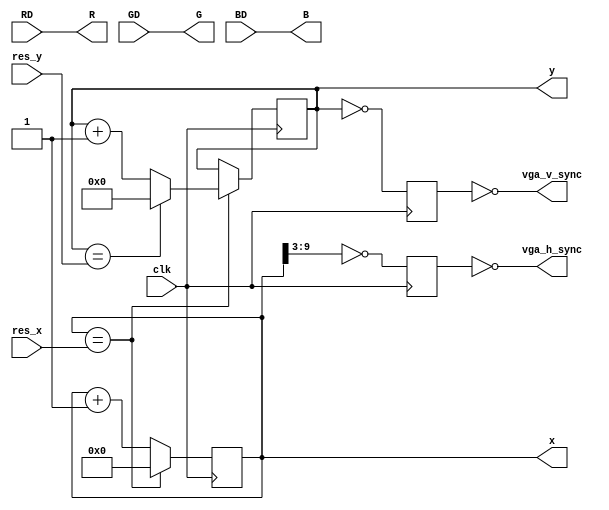
module VGA_ADAPTER(input clk, output vga_h_sync, output vga_v_sync, 

input RD,
input GD,
input BD,

input [9:0] res_x,
input [8:0] res_y,

output [9:0] x,
output [8:0] y,

output R,
output G,
output B);

reg [9:0] CounterX;
reg [8:0] CounterY;

reg vga_HS, vga_VS;

wire CounterXmaxed = (CounterX == res_x);
wire CounterYmaxed = (CounterY == res_y);


assign x = CounterX;
assign y = CounterY;

assign vga_h_sync = ~vga_HS;
assign vga_v_sync = ~ vga_VS;

assign R = RD;
assign G = GD;
assign B = BD;

always @(posedge clk)
if (CounterXmaxed)
	CounterX <= 0;
else
	CounterX <= CounterX + 10'b1;
	
always @(posedge clk)
if (CounterXmaxed)
	if (CounterYmaxed)
		CounterY <= 0;
	else
		CounterY <= CounterY + 9'b1;

always @(posedge clk)	
begin
	vga_HS <= (CounterX[9:3] == 0);
	vga_VS <= (CounterY == 0);
end
	
endmodule